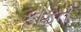
ફાફત